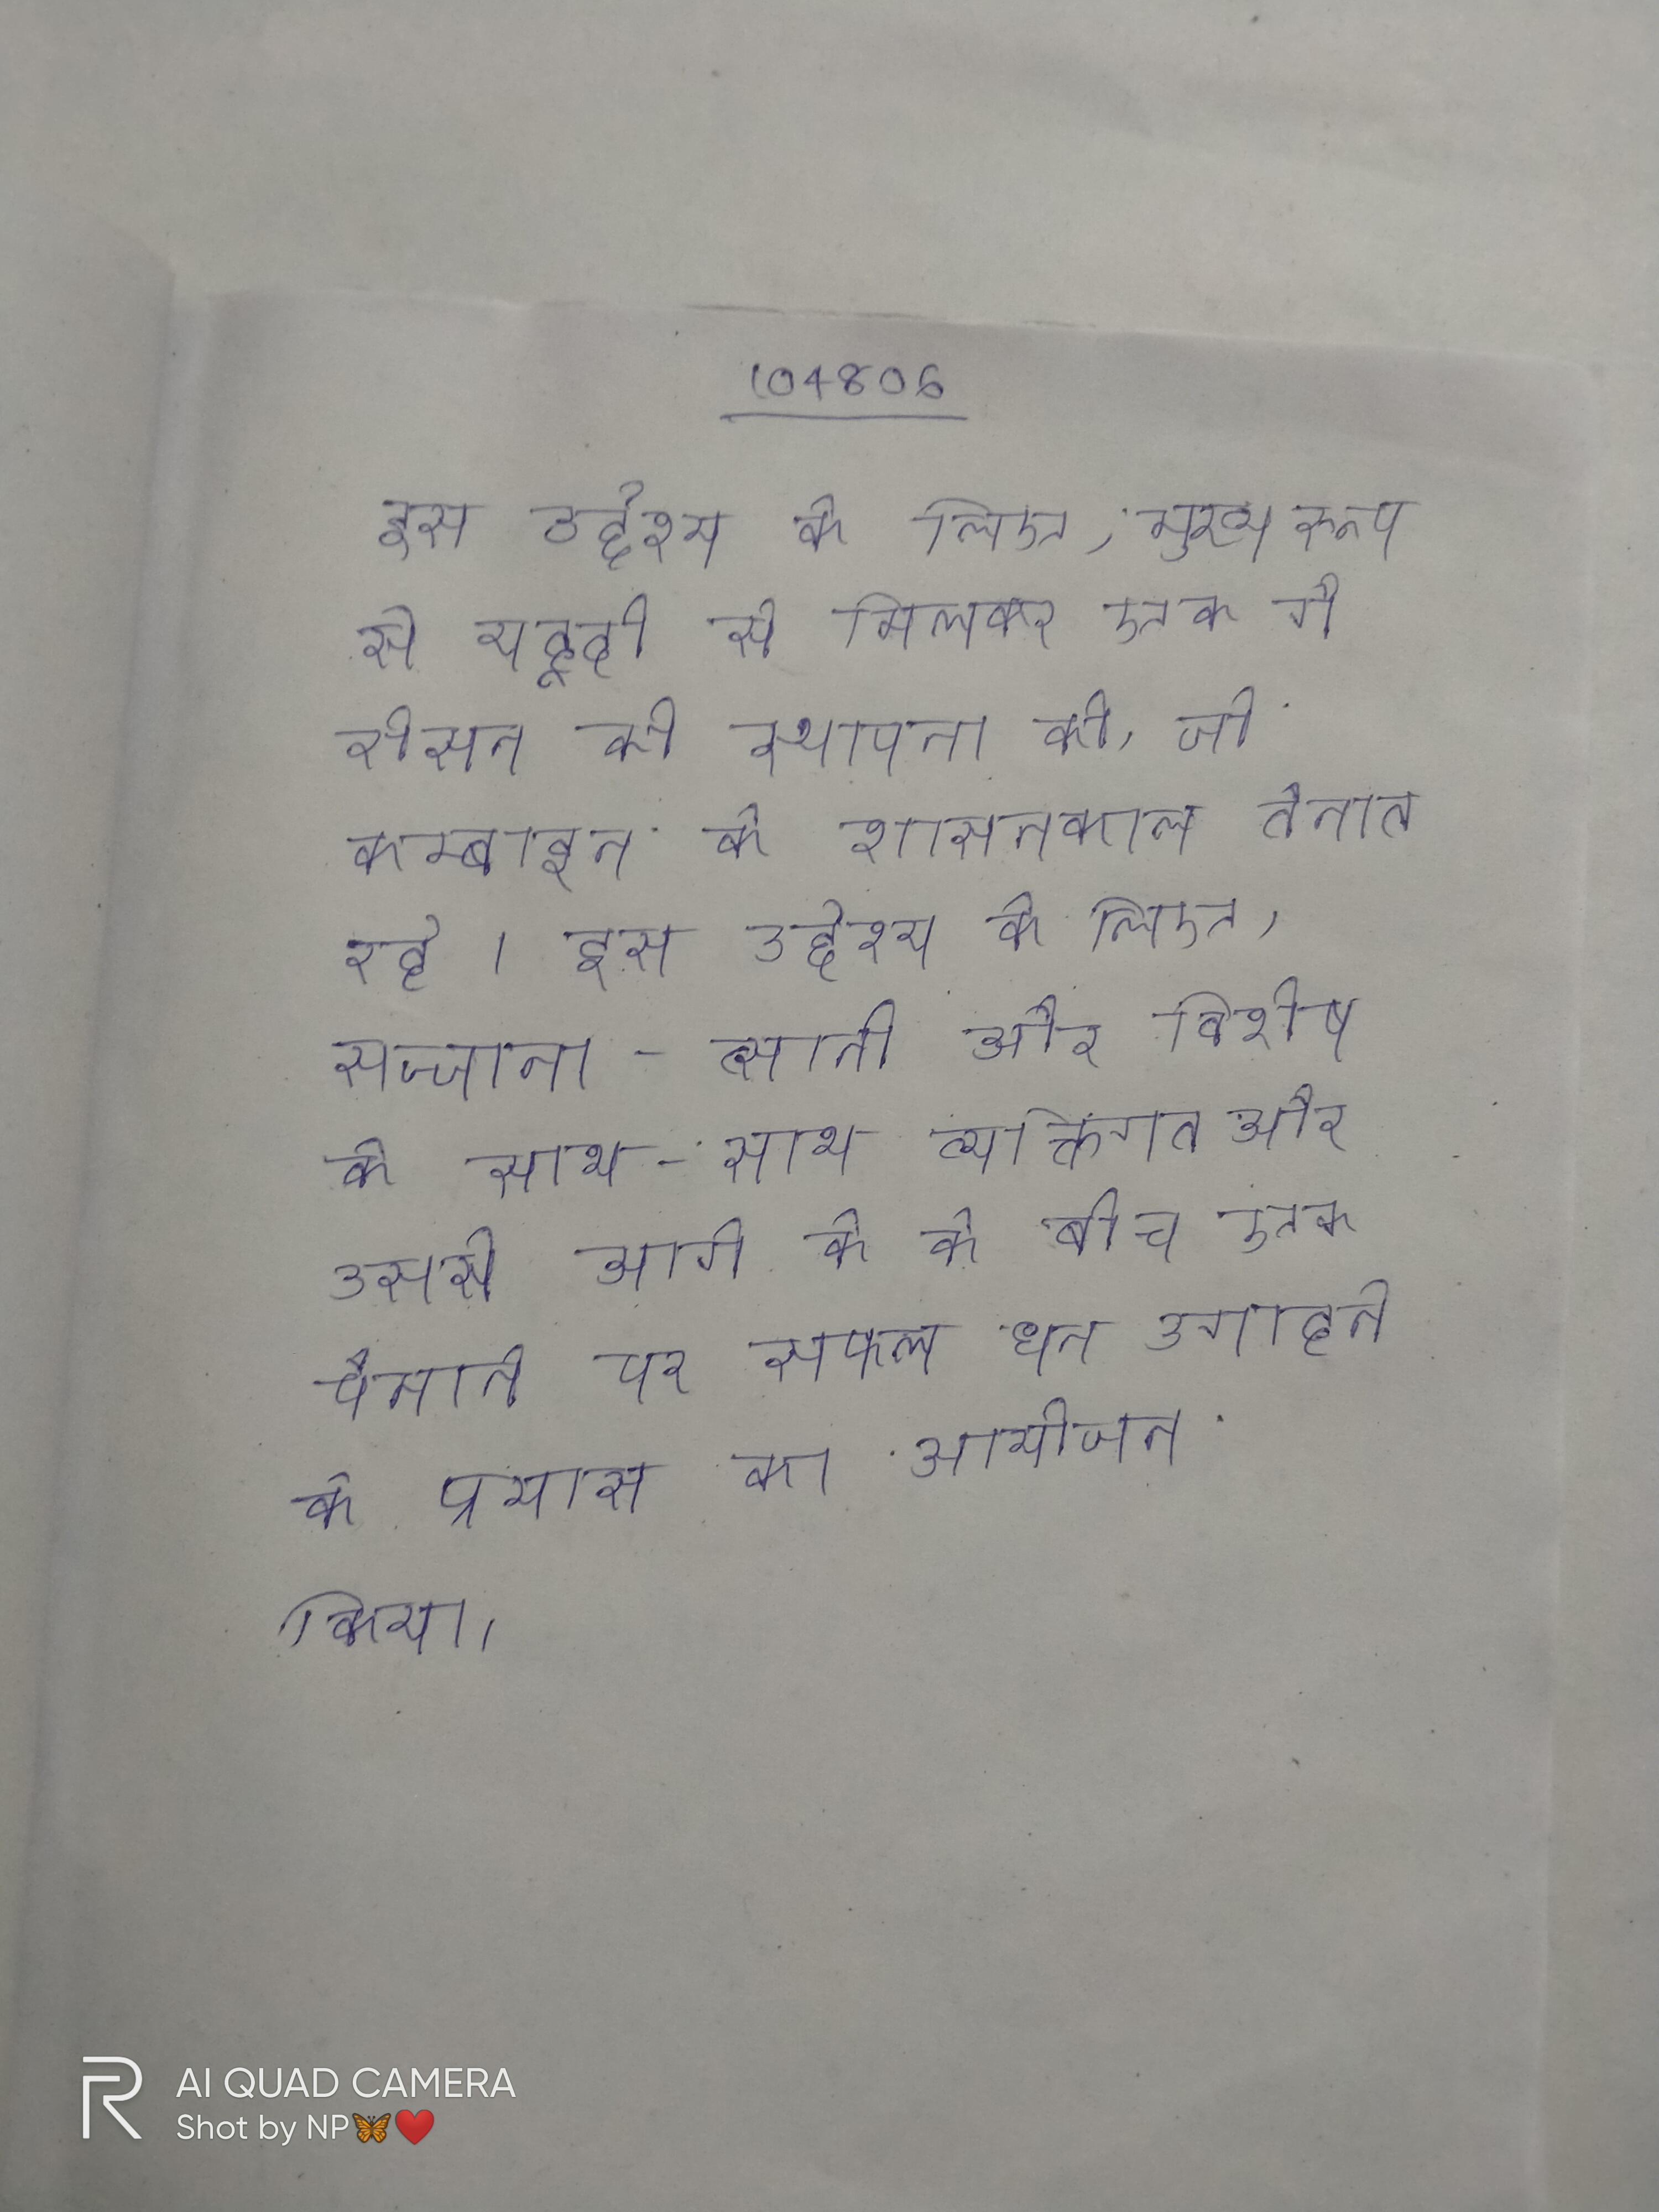
इस उद्देश्य के लिए, मुख्य रूप से यहूदी से मिलकर एक गैरीसन की स्थापना की, जो कम्बाइन के शासनकाल तैनात रहे । इस उद्देश्य के लिए, सज्जाना-त्सानी और विशेष के साथ-साथ व्यक्तिगत और उससे आगे के के बीच एक पैमाने पर सफल धन उगाहने के प्रयास का आयोजन किया ।